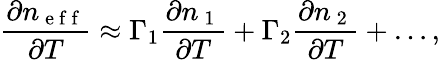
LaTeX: \frac{\partial n_{\mathrm{~e~f~f~}}}{\partial T}\approx\Gamma_{1}\frac{\partial n_{\mathrm{~1~}}}{\partial T}+\Gamma_{2}\frac{\partial n_{\mathrm{~2~}}}{\partial T}+\dots,